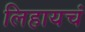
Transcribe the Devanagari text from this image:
लिहायचं